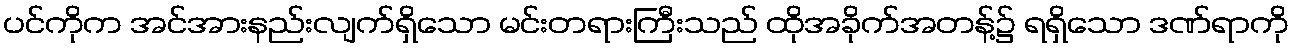
ပင်ကိုက အင်အားနည်းလျက်ရှိသော မင်းတရားကြီးသည် ထိုအခိုက်အတန့်၌ ရရှိသော ဒဏ်ရာကို